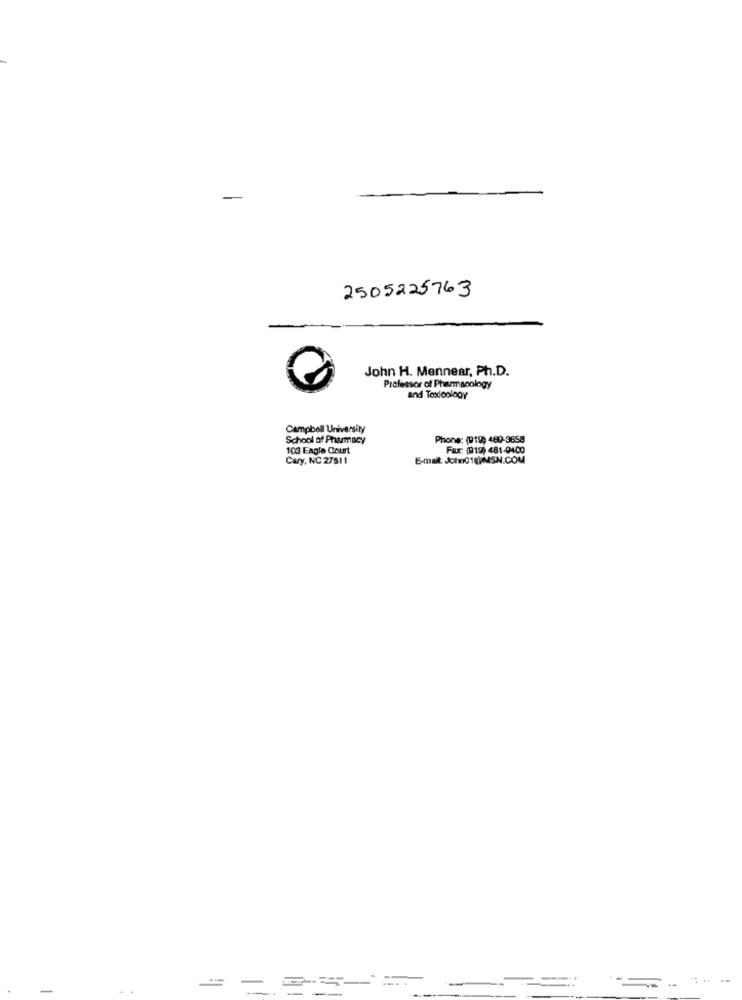
2505225763
John H. Mennear, Ph.D.
Professor of Pharmacology
and Toxicology
Campbell University
School of Pharmacy
Phone: (919) 480-3658
103 Eagle Court
Fax: (919) 481-0400
Cury, NC 27511
E-mail: John01@MSN.COM